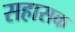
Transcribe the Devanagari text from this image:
सहासक